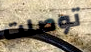
توصلت